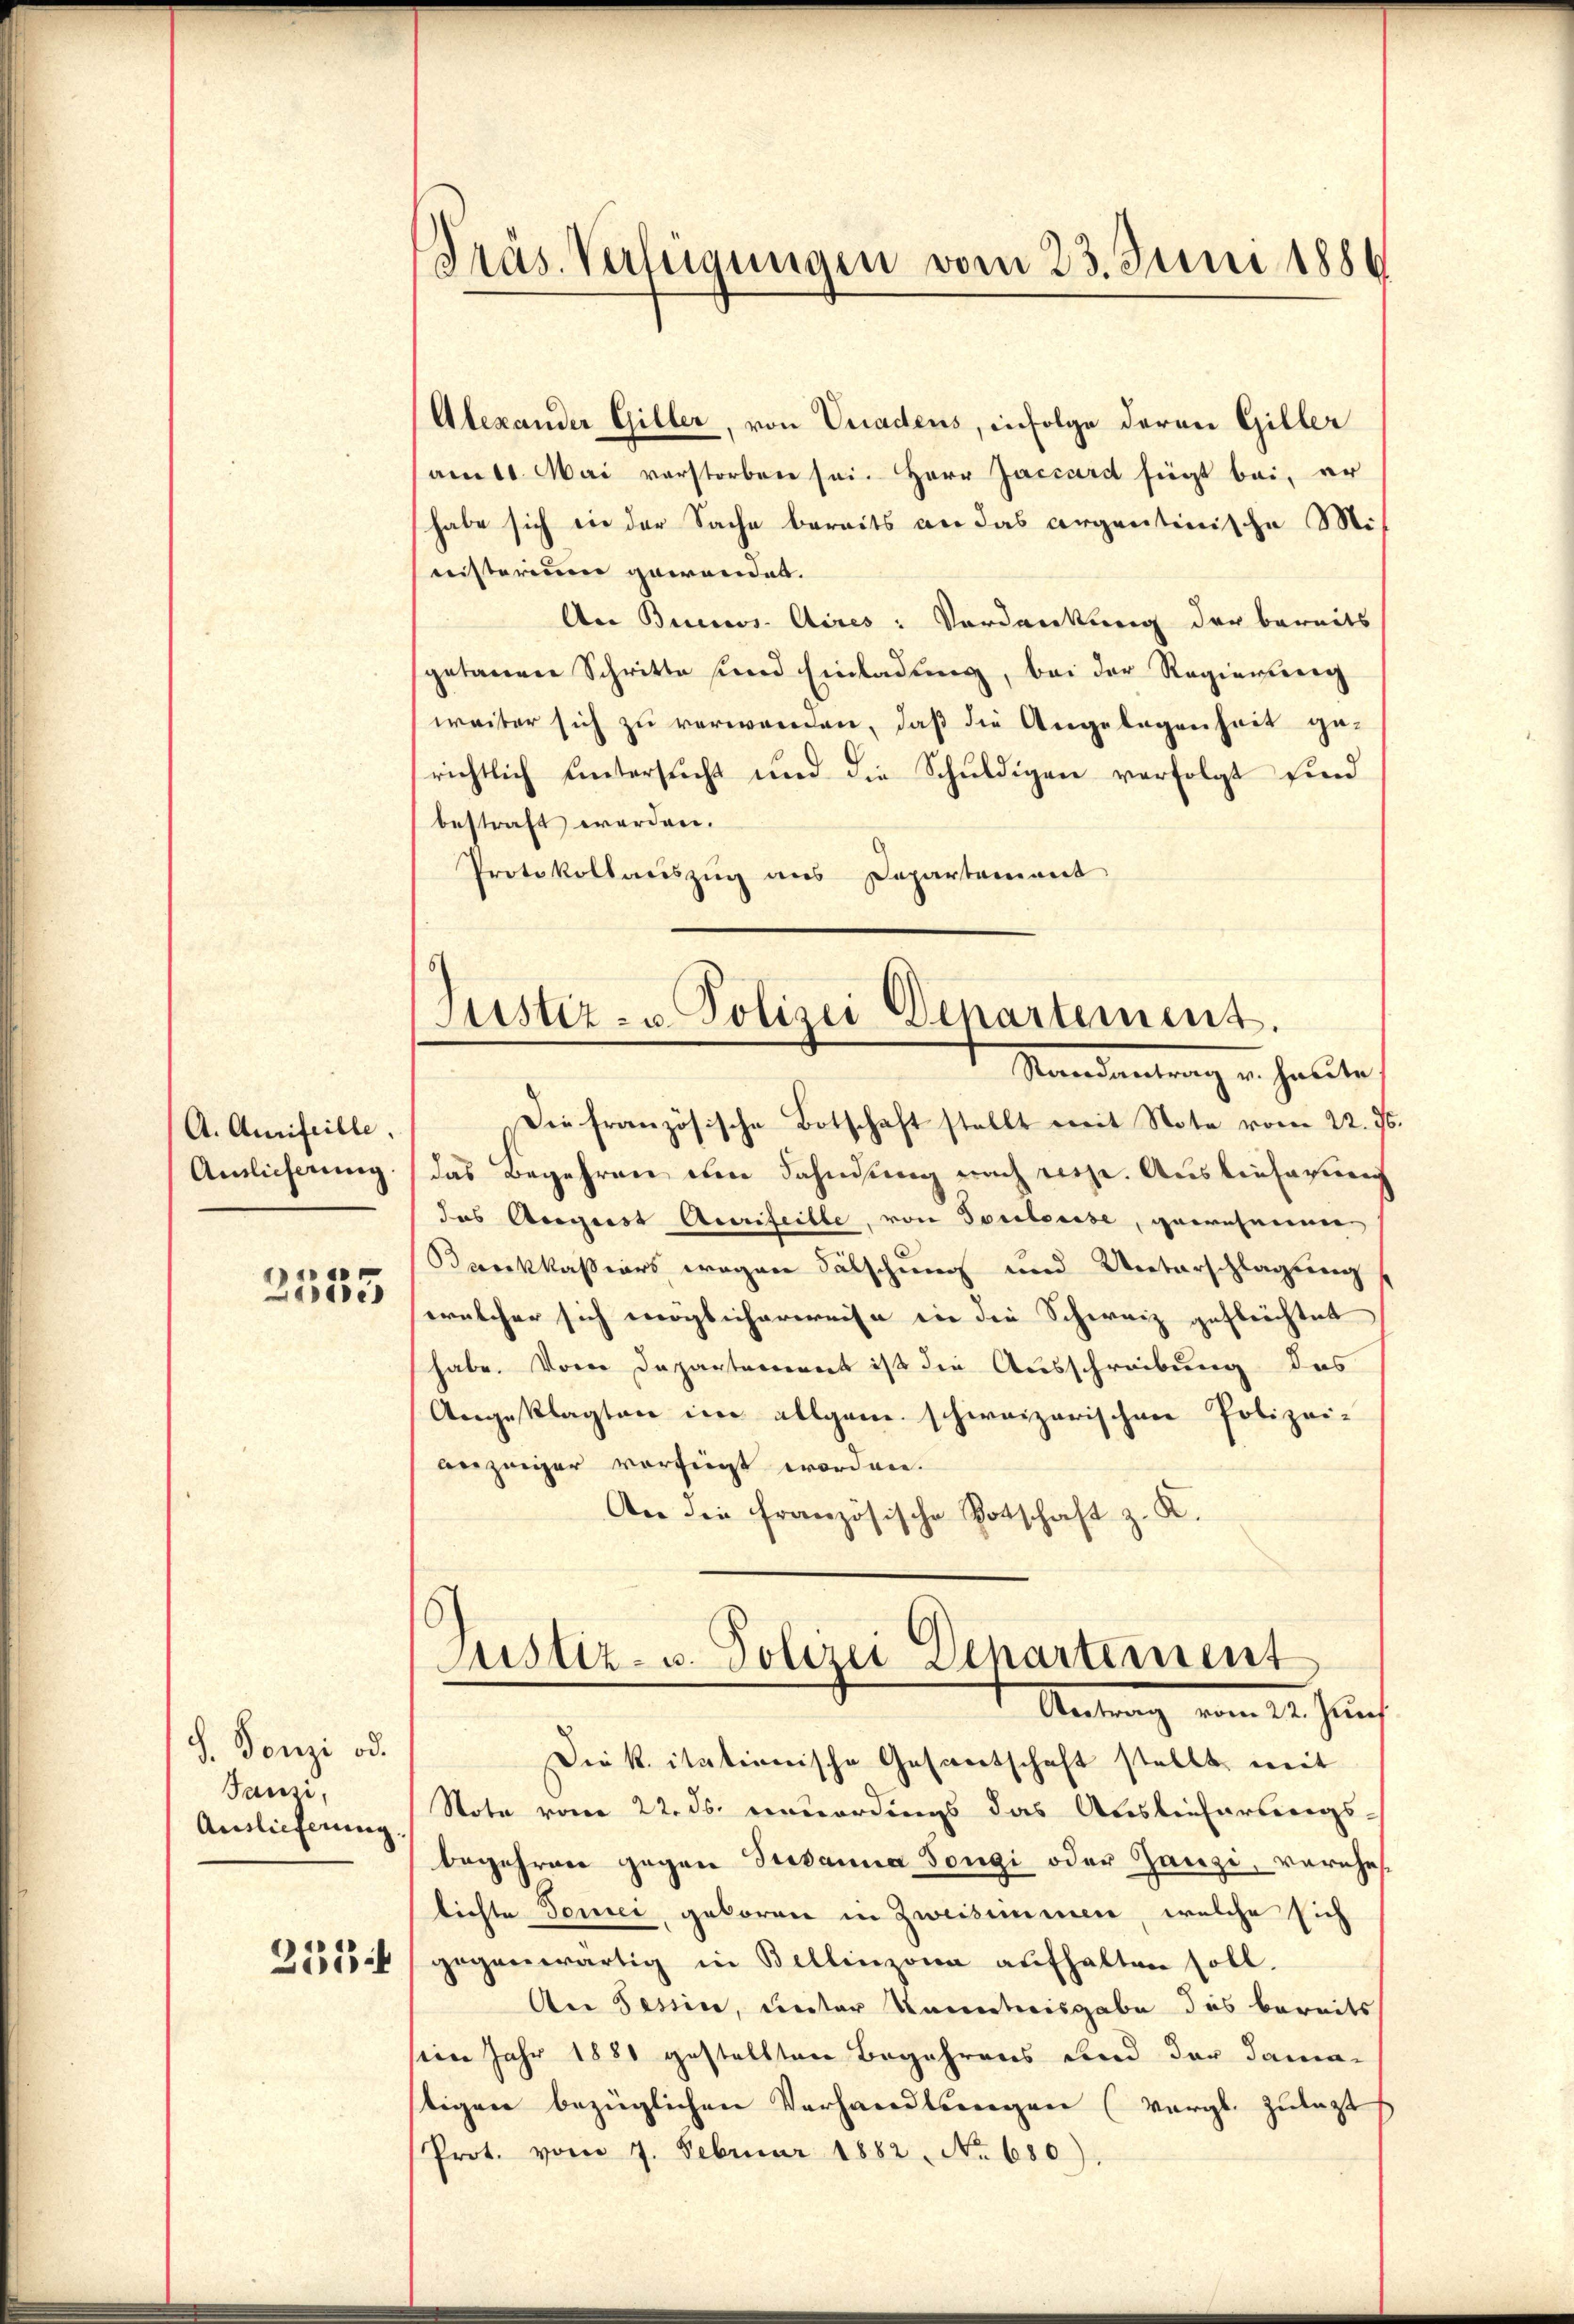
A. Amifeille.
Amlicherung.

2535

S. Tonzi od.
Jausi,
Auslieferung.
253

Präs. Verfügungen vom 23. Juni 1886

Alexander Giller, von Vuadens, infolge deren Giller
amtl. Mai verstorben sei. Herr Jaccard siegt bei, er
habe sich die der Sache bereits an das argentinische Mi
nisterium gewandet.
Aer Bericos Aires: Verdankung der bereits
getanen Schritte sind Einladung, bei der Regierung
weiter sich zu verwenden, daß die Angelegenheit ge-
richtlich ŭntersŭcht und die Schŭldigen verfolgt sind
bestraft worden.
Protokollauszug aus Departement

Justiz- u Polizei Departement.
Mandantrag u. halte

Die französische Botschaft stellt weit Note vom 22. ds
das Begehren im Fahndung nach rieze. Auslieferung
das August Aurifeille, von Doctorise, gewesener
Brrckkaßiers wegen Fälschung und Unterschlagung
welcher sich möglicherweise in die Schweiz gefleichtet
habe. Von Departement ist die Ausschreibung des
Angeklagten im allgem. schweizerischen Polizei-
bezeiger vorfiegt worden.
An die französische Botschaft z. K.
Justiz- u. Polizei Departement
Antrag vom 15. Juch
Die k. itationische Gesandtschaft stellt, mit
Note vom 22. ds. ermordings das Auslieferungs-
begehren gegen Susanna Tongi oder Ganzi, verehe
lichte Tonei, geboren in Zweisimmen, welche sich
gegenwärtig in Bellinzona aŭfhalten soll.
An Tessin, unter Kenntnisgabe das bereits
iin Jahr 1881 gestellten Begehrens und der Dama-
stigen bezüglichen Verhandlswegen (Vergl. Zulagt
Prot. vom 7. Februar 1882. No 680).